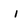
Character: i